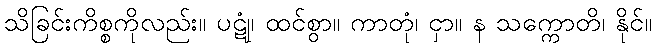
သိခြင်းကိစ္စကိုလည်း။ ပဋုံ၊ ထင်စွာ။ ကာတုံ၊ ငှာ။ န သက္ကောတိ၊ နိုင်။